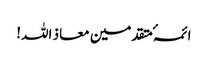
ائمہٴ متقدمین معاذ اللہ!